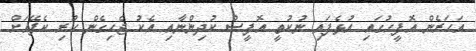
އަހަރެން އޮފީހުގައި އުޅެފައި ނުކުތީ އޮފީސް ކުދިންނާއި އެކު ޖެހިގެން ހުރި ކެފޭއަށް